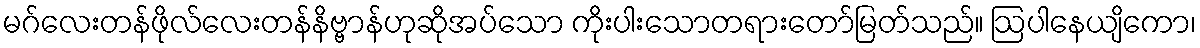
မဂ်လေးတန်ဖိုလ်လေးတန်နိဗ္ဗာန်ဟုဆိုအပ်သော ကိုးပါးသောတရားတော်မြတ်သည်။ ဩပါနေယျိကော၊